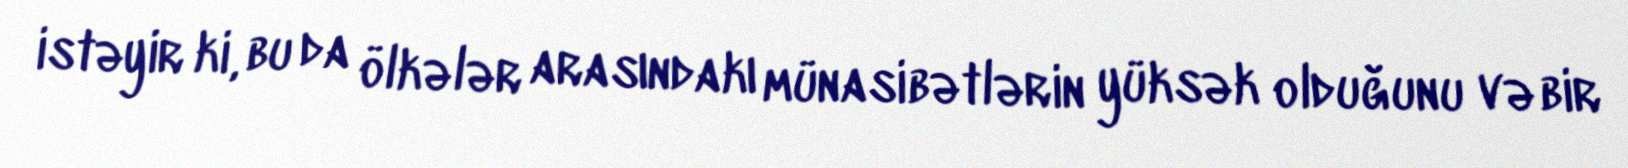
istəyir ki, bu da ölkələr arasındakı münasibətlərin yüksək olduğunu və bir